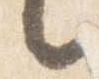
言